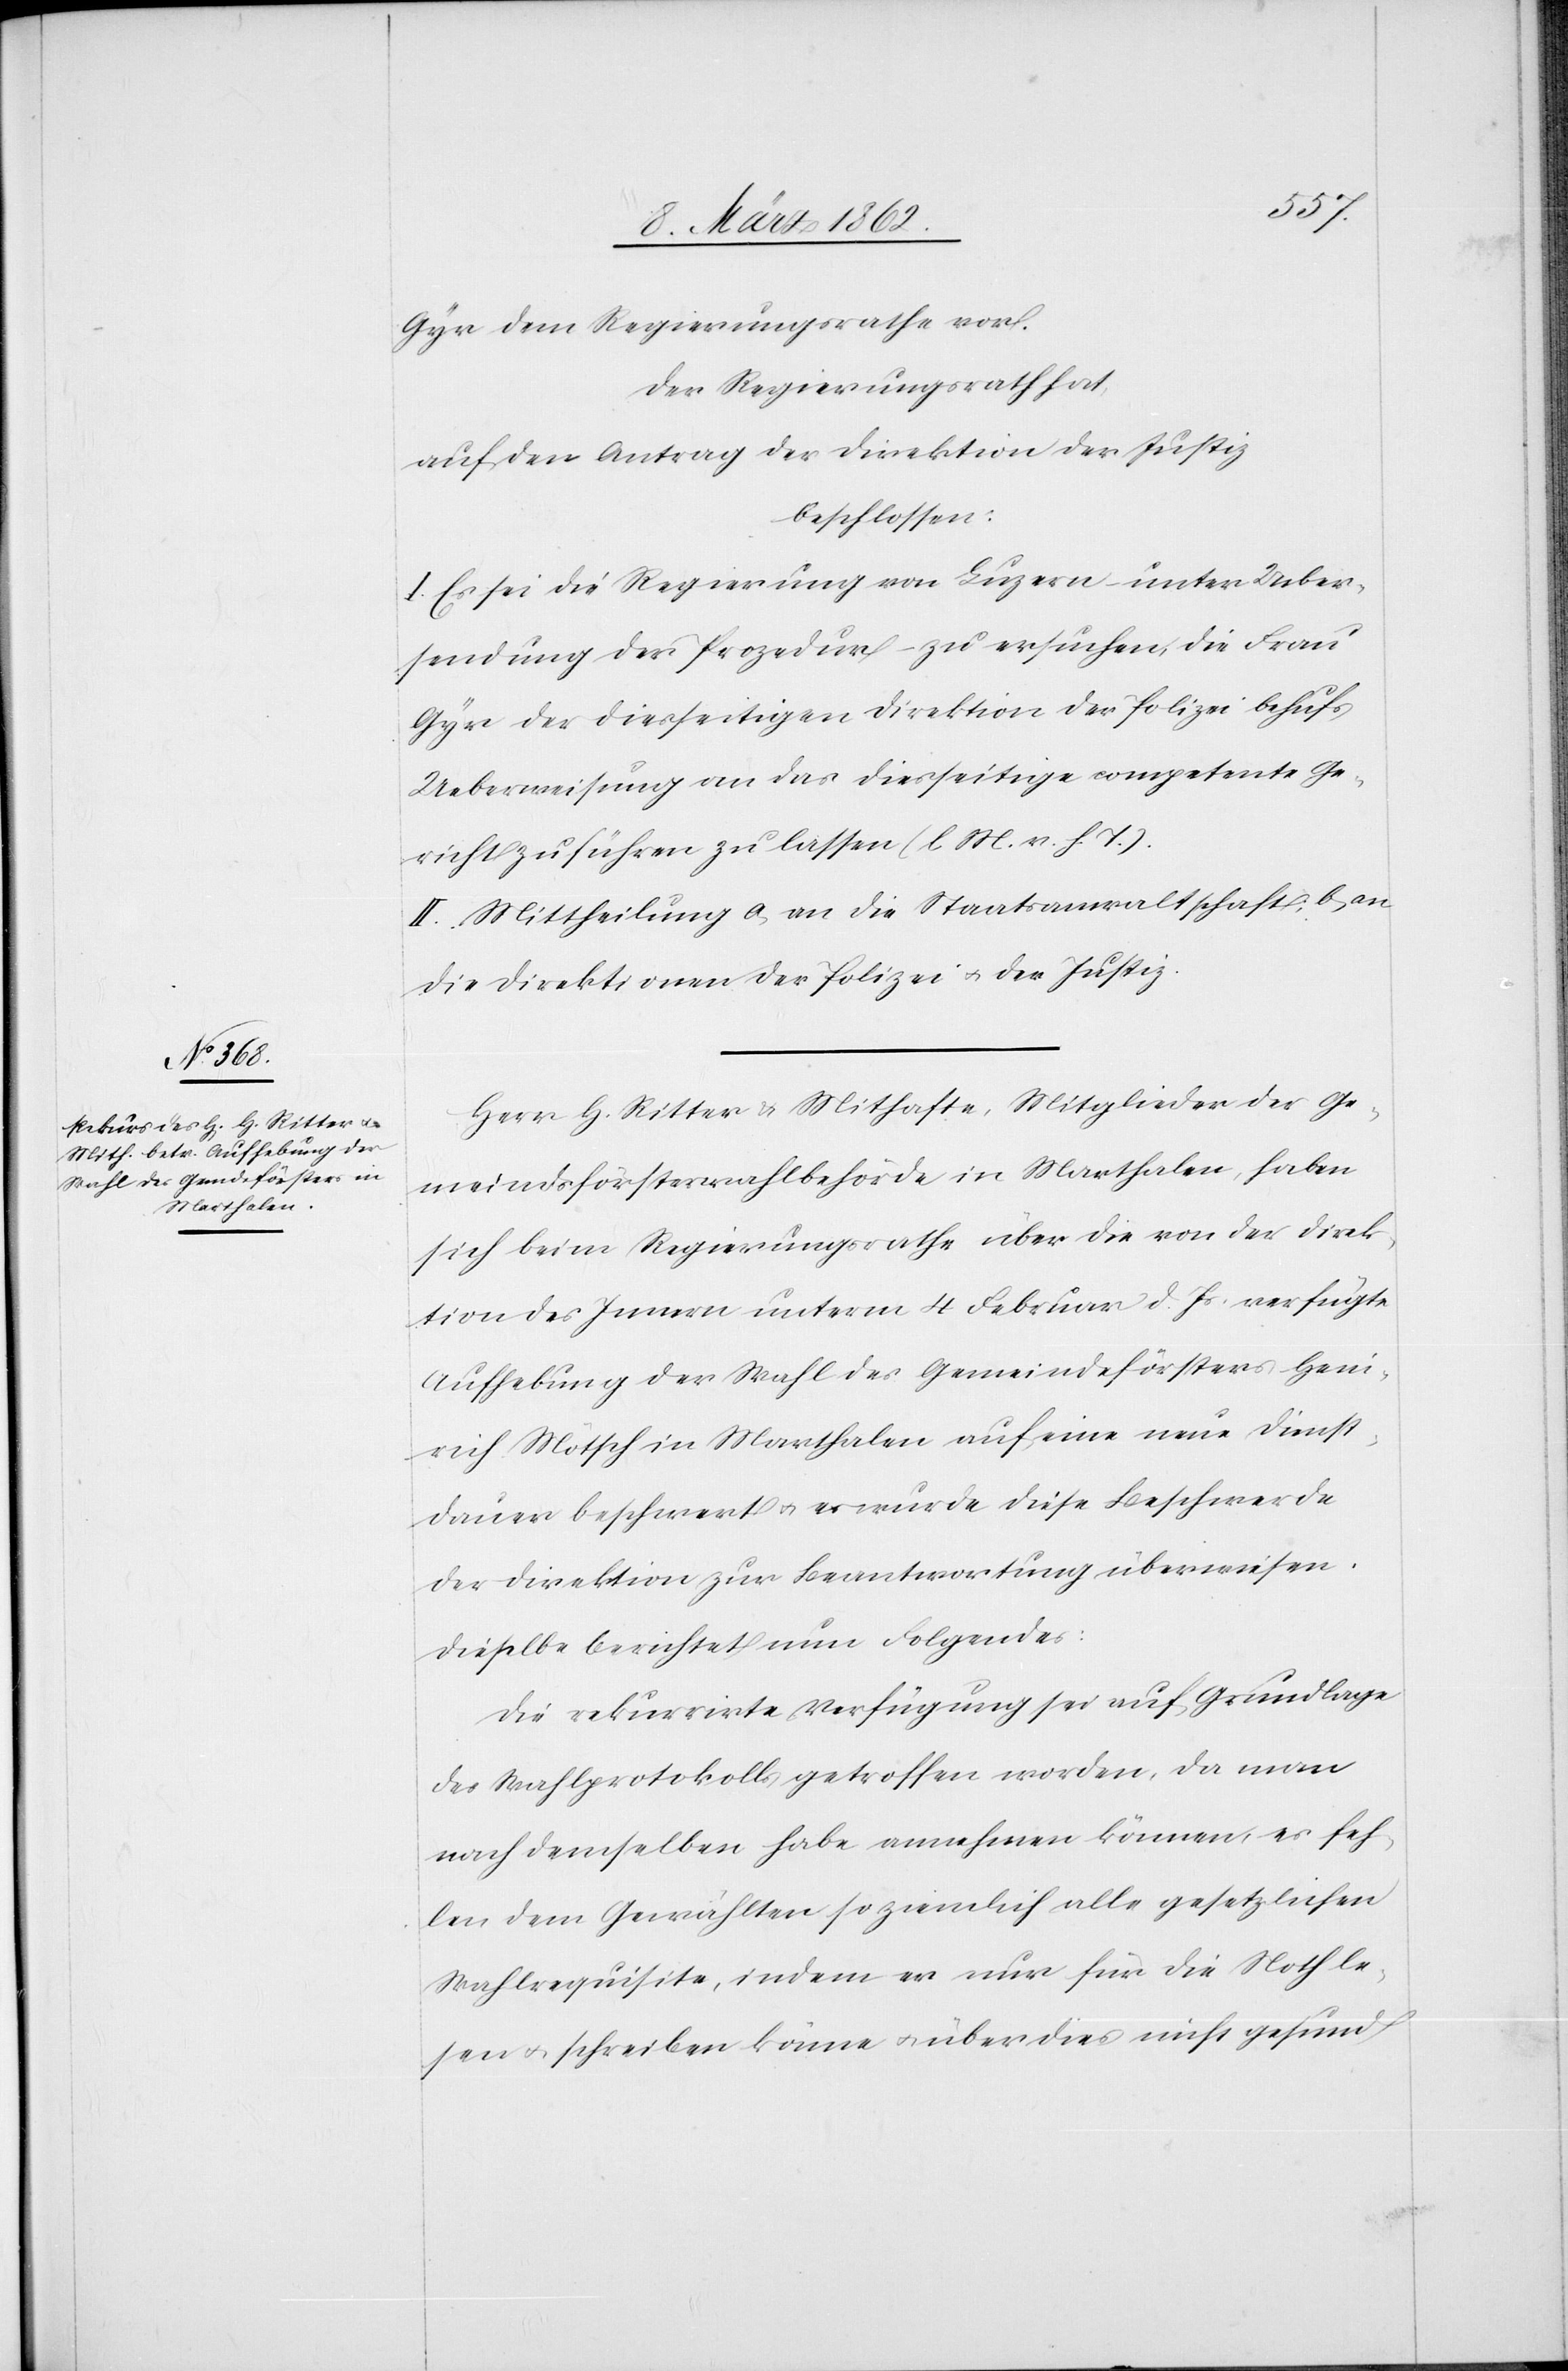
Gyr dem Regierungsrathe vor.
Der Regierungsrath hat,
auf den Antrag der Direktion der Justiz
beschlossen:
I. Es sei die Regierung von Luzern – unter Ueber¬
sendung der Prozedur – zu ersuchen, die Frau
Ueberweisung an das diesseitige competente Ge¬
richt zuführen zu lassen (l. M. v. h. T.).
II. Mittheilung a) an die Staatsanwaltschaft; b) an
die Direktionen der Polizei u. der Justiz.
Herr H. Ritter & Mithafte, Mitglieder der Ge¬
meindsförsterwahlbehörde in Marthalen, haben
sich beim Regierungsrathe über die von der Direk¬
tion des Innern unterm 4 Februar d. Js. verfügte
Aufhebung der Wahl des Gemeindeförsters Hein¬
rich Mötsch in Marthalen auf eine neue Dienst¬
dauer beschwert u. es wurde diese Beschwerde
der Direktion zur Beantwortung überwiesen.
Dieselbe berichtet nun Folgendes:
Die rekurrirte Verfügung sei auf Grundlage
des Wahlprotokolls getroffen worden, da man
nach demselben habe annehmen können, es feh¬
len dem Gewählten so ziemlich alle gesetzlichen
Wahlrequisite, indem er nur für die Noth le¬
sen u. schreiben könne u. überdies nicht gesund